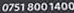
0751 800 1400